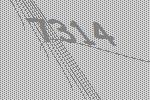
7314